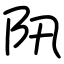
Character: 阠